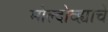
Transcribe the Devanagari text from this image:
मोल्दोव्ह्याचे